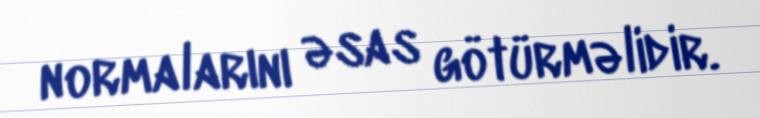
normalarını əsas götürməlidir.